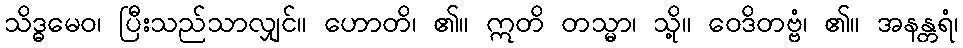
သိဒ္ဓမေဝ၊ ပြီးသည်သာလျှင်။ ဟောတိ၊ ၏။ ဣတိ တသ္မာ၊ သို့။ ဝေဒိတဗ္ဗံ၊ ၏။ အနန္တရံ၊